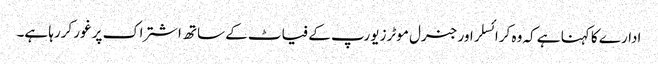
ادارے کا کہنا ہے کہ وہ کرائسلر اور جنرل موٹرز یورپ کے فیاٹ کے ساتھ اشتراک پر غور کررہا ہے۔